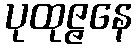
ပုထုဇ္ဇနေ